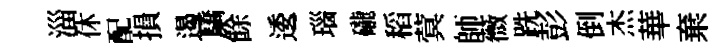
淄休配損遏驕餘逶瑙礲稻蓂師薇跣彭倒杰華棄